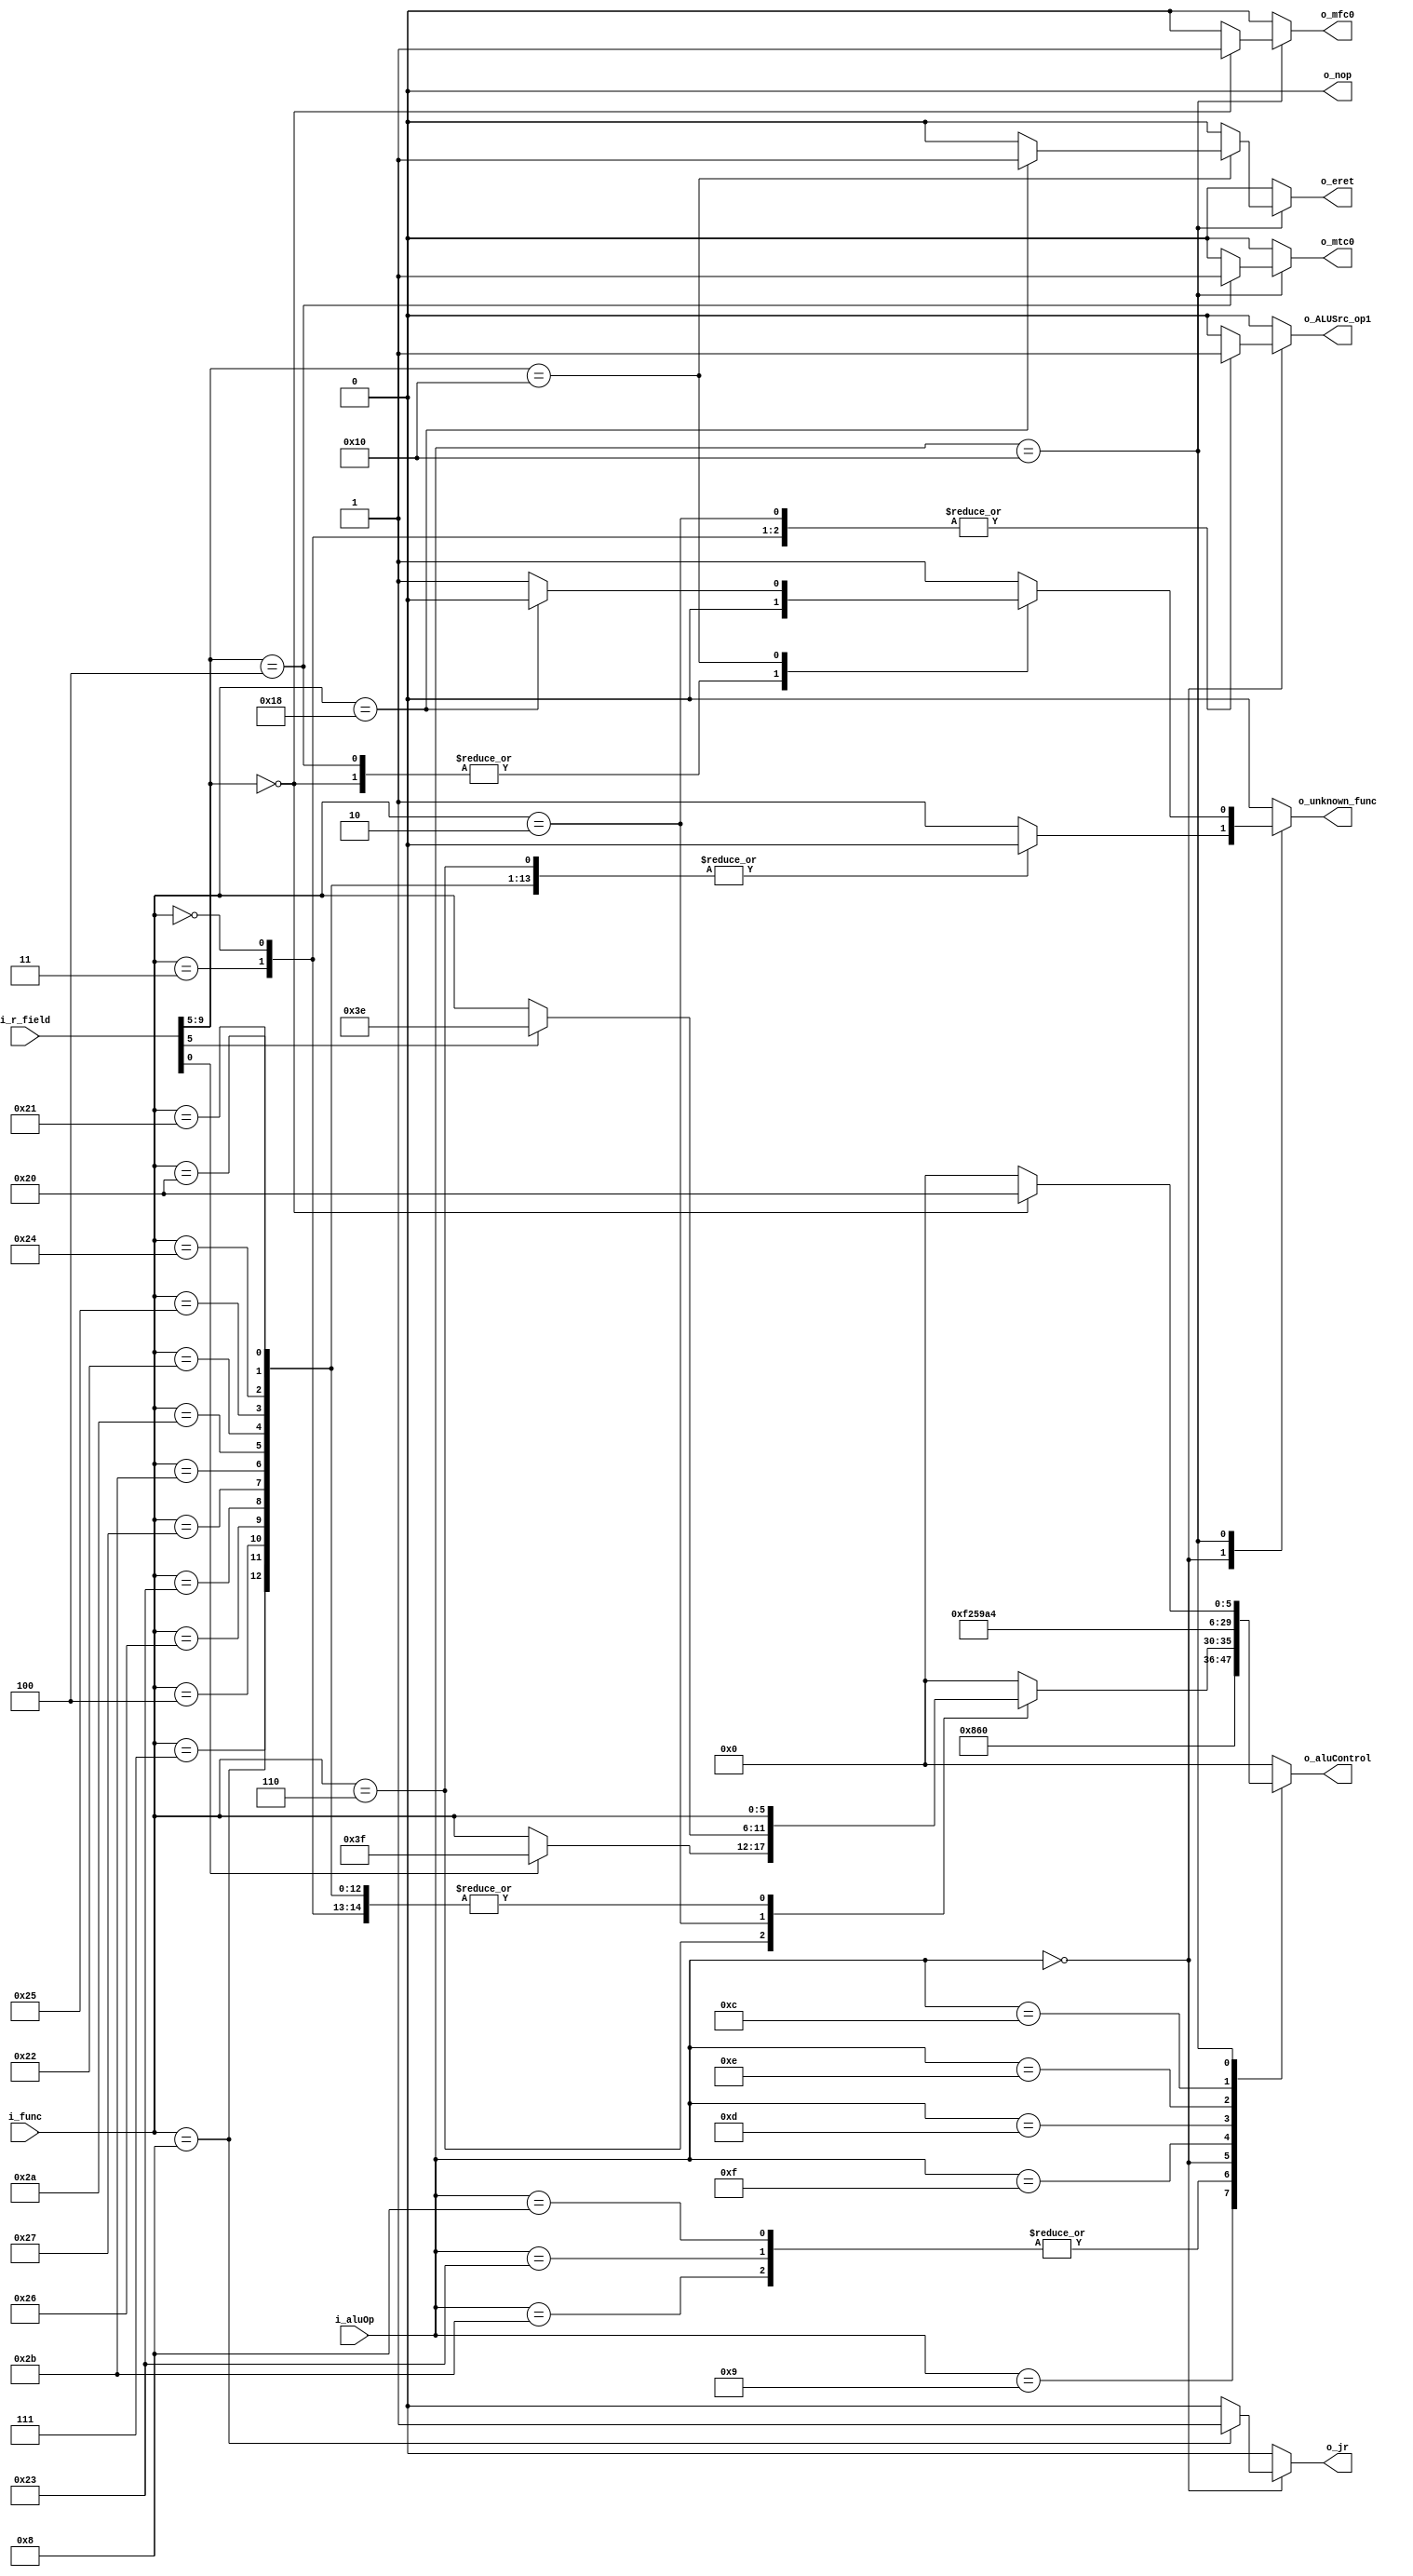
module aluControl ( i_aluOp, i_func, i_r_field, 
                    o_aluControl, o_ALUSrc_op1, o_jr, 
                    o_nop, o_unknown_func, o_eret, 
                    o_mfc0, o_mtc0
                  );

localparam OP_RTYPE = 6'h0, OP_ADDI = 6'h8, OP_ADDIU = 6'h9;
localparam OP_LUI = 6'b001111, OP_ORI = 6'b001101, OP_XORI = 6'b001110;
localparam OP_ANDI = 6'b001100;
localparam OP_LW = 6'h23, OP_SW = 6'h2B;
localparam OP_BEQ = 6'h4, OP_J = 6'h2, OP_BNE = 6'h5;
localparam OP_COP0 = 6'b010000; 

localparam F_AND = 6'b100100, F_OR = 6'b100101, F_ADD = 6'b100000;
localparam F_SUB = 6'b100010, F_SLT = 6'b101010, F_NOR = 6'b100111;
localparam F_ADDU = 6'b100001, F_SUBU = 6'b100011, F_XOR = 6'b100110;
localparam F_SLTU = 6'b101011, F_SLLV = 6'b000100, F_LUI = 6'b111100;
localparam F_SRLV = 6'b000110, F_SRAV = 6'b000111, F_SLL = 6'b000000;
localparam F_SRL = 6'b000010, F_SRA = 6'b000011, F_JR = 6'b001000;
localparam F_ROTR = 6'b111110, F_ROTRV = 6'b111111, F_NOP = 6'b0;
localparam F_ERET = 6'b011000;


input       [5:0]   i_aluOp;
input       [5:0]   i_func;
input       [9:0]   i_r_field;
output  reg [5:0]   o_aluControl;
output  reg         o_ALUSrc_op1;
output  reg         o_jr;
output  reg         o_nop;
output  reg         o_unknown_func;
output  reg         o_eret;
output  reg         o_mfc0;
output  reg         o_mtc0;

always @(*) begin
  o_ALUSrc_op1    = 1'b0;
  o_jr            = 1'b0;
  o_nop           = 1'b0;
  o_unknown_func  = 1'b0;
  o_eret          = 1'b0;
  o_mfc0          = 1'b0;
  o_mtc0          = 1'b0;

  case(i_aluOp)
      OP_ADDIU:     o_aluControl = F_ADDU;
      OP_ADDI,
      OP_LW,
      OP_SW:        o_aluControl = F_ADD;
      OP_BEQ,
      OP_BNE :      o_aluControl = 0;
      OP_RTYPE: 
        begin
          case(i_func)
            F_ADD, F_ADDU, F_AND,
            F_OR, F_SUB, F_SLT,
            F_SLTU, F_NOR, F_SUBU, 
            F_XOR, F_SLLV, F_SRAV: 
              begin
                o_aluControl = i_func;
              end
            F_SRLV:
              begin
                if(i_r_field[0])  o_aluControl = F_ROTRV;
                else              o_aluControl = i_func;
              end
            F_SLL, F_SRA:
              begin
                o_aluControl = i_func;
                o_ALUSrc_op1 = 1'b1;
              end 
            F_SRL:
              begin
                if(i_r_field[5])  o_aluControl = F_ROTR;
                else              o_aluControl = i_func;
                o_ALUSrc_op1 = 1'b1;
              end 
            F_JR:
              begin
                o_jr = 1'b1;
                o_aluControl = i_func;
              end
            F_NOP:
              begin
                o_nop = 1'b1;
                o_aluControl = i_func;
              end
            default: 
              begin
                 o_unknown_func = 1'b1;
                 o_aluControl = 6'b0; 
              end
          endcase
        end
      OP_LUI:       o_aluControl = F_LUI;
      OP_ORI:       o_aluControl = F_OR;
      OP_XORI:      o_aluControl = F_XOR;
      OP_ANDI:      o_aluControl = F_AND;
      OP_COP0:      
        begin
          o_aluControl = 0;
          case(i_r_field[9:5])
            5'b00100:
              begin : MTC0_COMMAND
                o_mtc0 = 1'b1;
              end
            5'b00000:
              begin : MFC0_COMMAND
                o_mfc0 = 1'b1;
                o_aluControl = F_ADD;
              end
            5'b10000:
              begin : ERET_COMMAND
                if(i_func == 6'b011000) 
                  o_eret = 1'b1;
                else 
                  o_unknown_func = 1'b1;
              end             
            default: 
              o_unknown_func = 1'b1;
          endcase // i_r_field
          
        end
      default:      o_aluControl = 0;
  endcase
end
endmodule